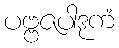
ပဗ္ဗဇပါဒုကံ